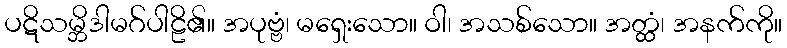
ပဋိသမ္ဘိဒါမဂ်ပါဠိ၏။ အပုဗ္ဗံ၊ မရှေးသော။ ဝါ၊ အသစ်သော။ အတ္ထံ၊ အနက်ကို။